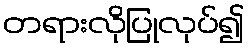
တရားလိုပြုလုပ်၍